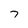
Character: 7